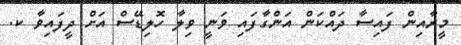
މީރާއިން ފައިސާ ދައްކަން އަންގާފައި ވަނީ ވިލާ ހޮލިޑޭސް އަށް ދީފައިވާ ކ.